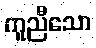
ကူညီသော